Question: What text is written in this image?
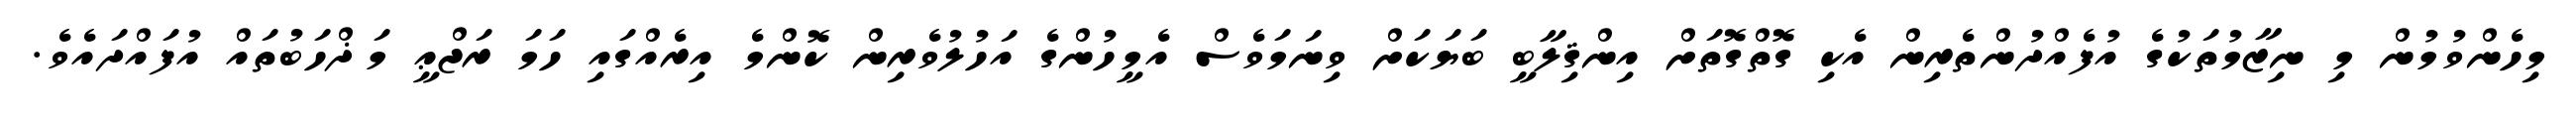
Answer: މިހެންވުމުން މި ނިޒާމުތަކުގެ އުފެއްދުންތެރިން އެކި ގޮތްގޮތަށް އިންޤިލާބީ ބަޔަކަށް ވިނަމަވެސް އެމީހުންގެ އަހުލުވެރިން ކޮންމެ އިރެއްގައި ހަމަ ރަޖްޢީ މަޛްހަބުތައް އުފައްދައެވެ.